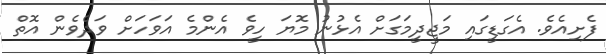
ފެށިއެވެ. އެގަޑީގައި މަޖީދީމަގަށް އެޅުނު މޮޔަ ހީވެ އެންމެ އަވަހަށް ވަދެވެން އޮތް